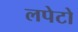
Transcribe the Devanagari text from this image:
लपेटो